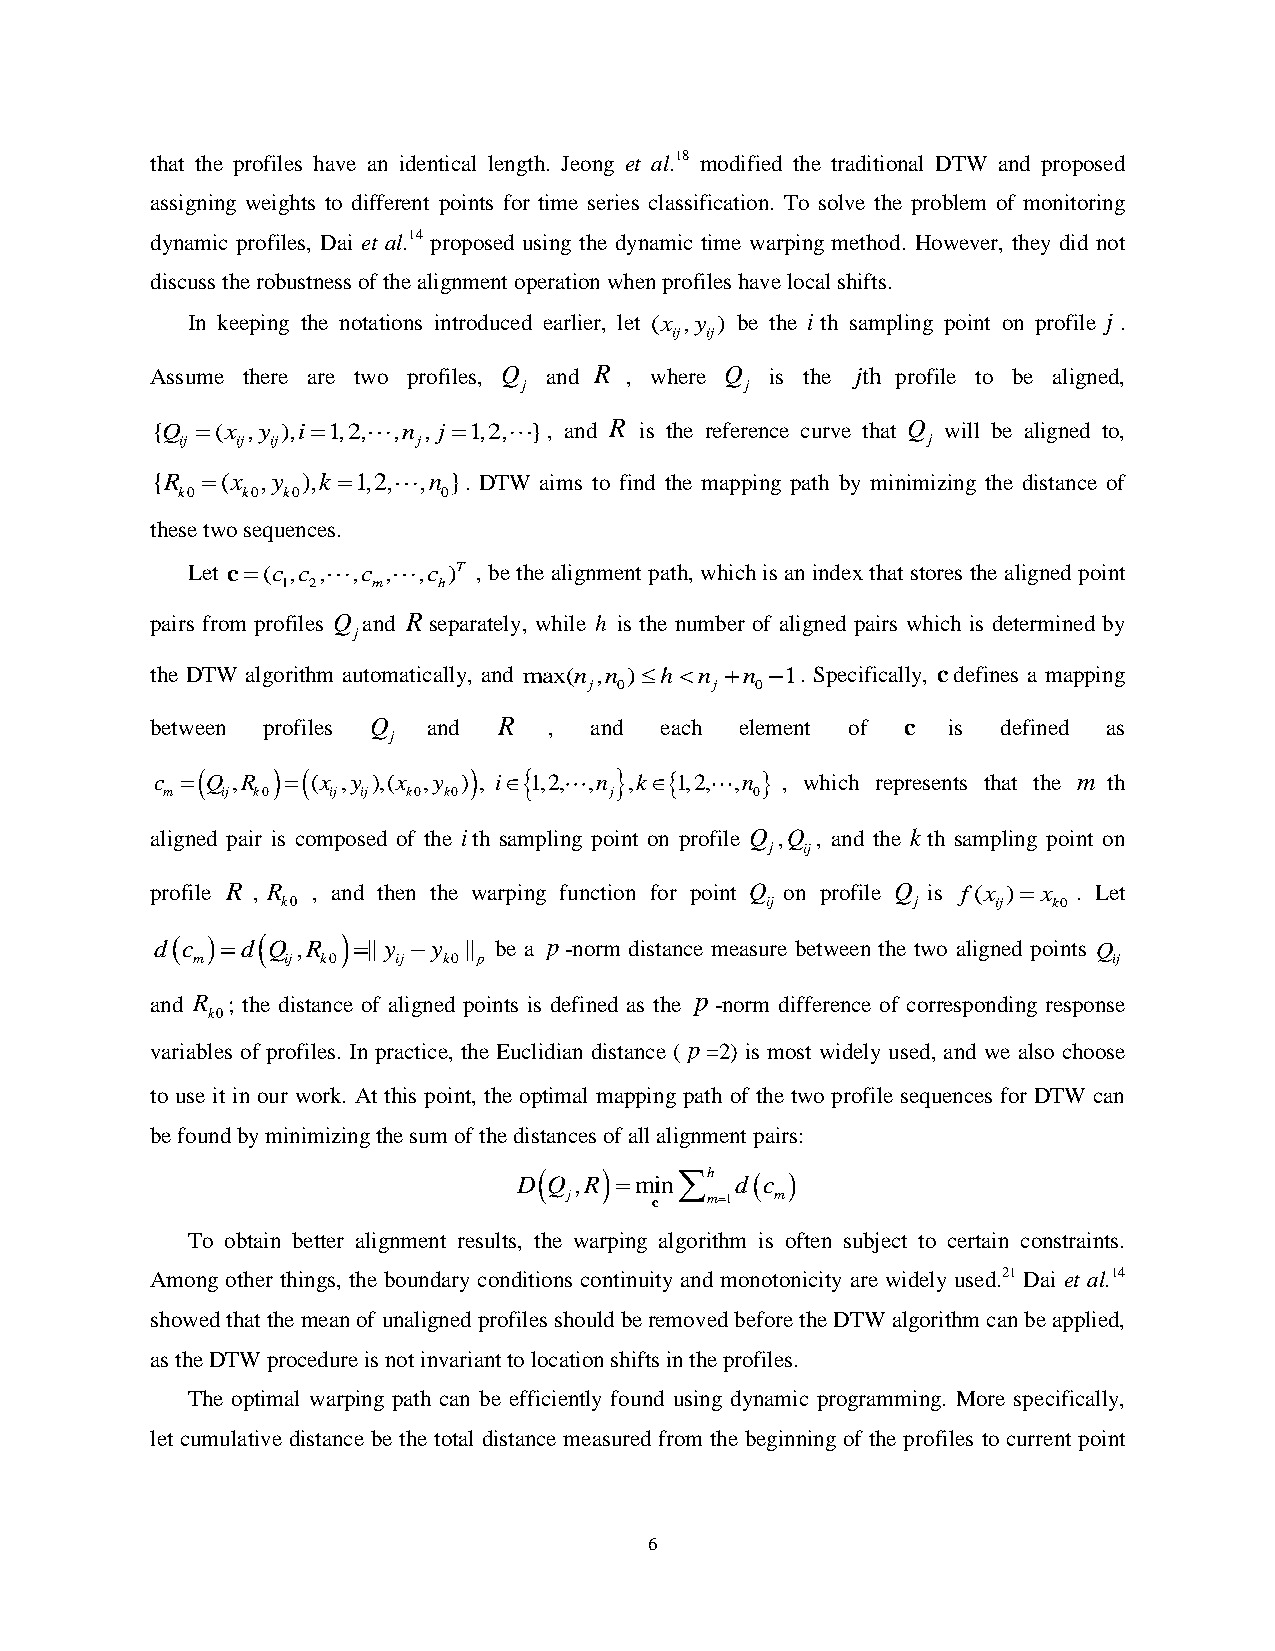
that the profiles have an identical length. Jeong et al.18 modified the traditional DTW and proposed
 assigning weights to different points for time series classification. To solve the problem of monitoring
 dynamic profiles, Dai et al.14 proposed using the dynamic time warping method. However, they did not
 discuss the robustness of the alignment operation when profiles have local shifts.
 In keeping the notations introduced earlier, let (x ,y ) be the i th sampling point on profile j .
 ij ij
 Assume there are two profiles, Q and R , where Q is the jth profile to be aligned,
 j             j
 {Q (x ,y ),i1,2, ,n , j 1,2, }, and R is the reference curve that Q will be aligned to,
 ij  ij ij       j                                j
 {R (x ,y ),k 1,2, ,n }. DTW aims to find the mapping path by minimizing the distance of
 k0  k0 k0        0
 these two sequences.
 Let c(c ,c , ,c , ,c )T , be the alignment path, which is an index that stores the aligned point
 1 2   m   h
 pairs from profiles Q and Rseparately, while h is the number of aligned pairs which is determined by
 j
 the DTW algorithm automatically, and max(n ,n )hn n 1. Specifically, cdefines a mapping
 j 0     j  0
 between profiles Q and R  ,  and  each element of c  is defined as
 j
 c  Q ,R   (x ,y ),(x ,y ) , i 1,2, ,n  ,k1,2, ,n  , which represents that the m th
 m   ij k0  ij ij k0 k0       j         0
 aligned pair is composed of the ith sampling point on profile Q ,Q , and the kth sampling point on
 j ij
 profile R , R , and then the warping function for point Q on profile Q is f(x ) x . Let
 k0                              ij        j    ij  k0
 dc d Q ,R  || y y || be a p-norm distance measure between the two aligned points Q
 m     ij k0  ij k0 p                                         ij
 and R ; the distance of aligned points is defined as the p-norm difference of corresponding response
 k0
 variables of profiles. In practice, the Euclidian distance ( p=2) is most widely used, and we also choose
 to use it in our work. At this point, the optimal mapping path of the two profile sequences for DTW can
 be found by minimizing the sum of the distances of all alignment pairs:
 D Q ,R minh dc 
 j    c   m1 m
 To obtain better alignment results, the warping algorithm is often subject to certain constraints.
 Among other things, the boundary conditions continuity and monotonicity are widely used.21 Dai et al.14
 showed that the mean of unaligned profiles should be removed before the DTW algorithm can be applied,
 as the DTW procedure is not invariant to location shifts in the profiles.
 The optimal warping path can be efficiently found using dynamic programming. More specifically,
 let cumulative distance be the total distance measured from the beginning of the profiles to current point
 6